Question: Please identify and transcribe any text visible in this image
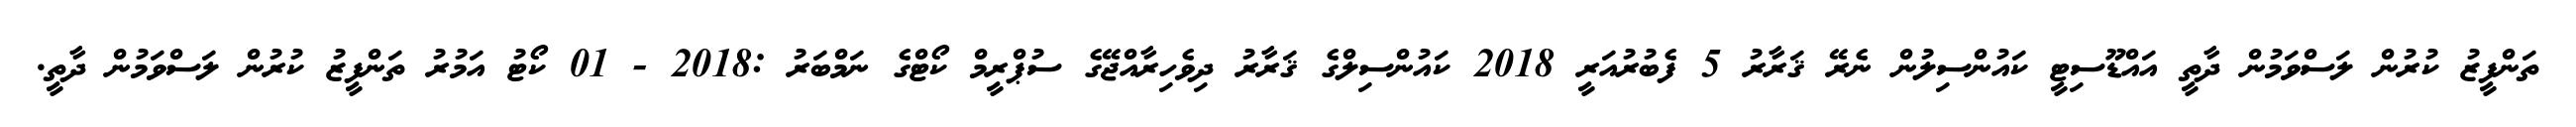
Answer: ތަންފީޒު ކުރުން ލަސްވަމުން ދާތީ އައްޑޫސިޓީ ކައުންސިލުން ނެރޭ ޤަރާރު 5 ފެބުރުއަރީ 2018 ކައުންސިލްގެ ޤަރާރު ދިވެހިރާއްޖޭގެ ސުޕްރީމް ކޯޓްގެ ނަމްބަރު :2018 - 01 ކޯޓު އަމުރު ތަންފީޒު ކުރުން ލަސްވަމުން ދާތީ.